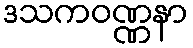
ဒသကဝဏ္ဏနာ